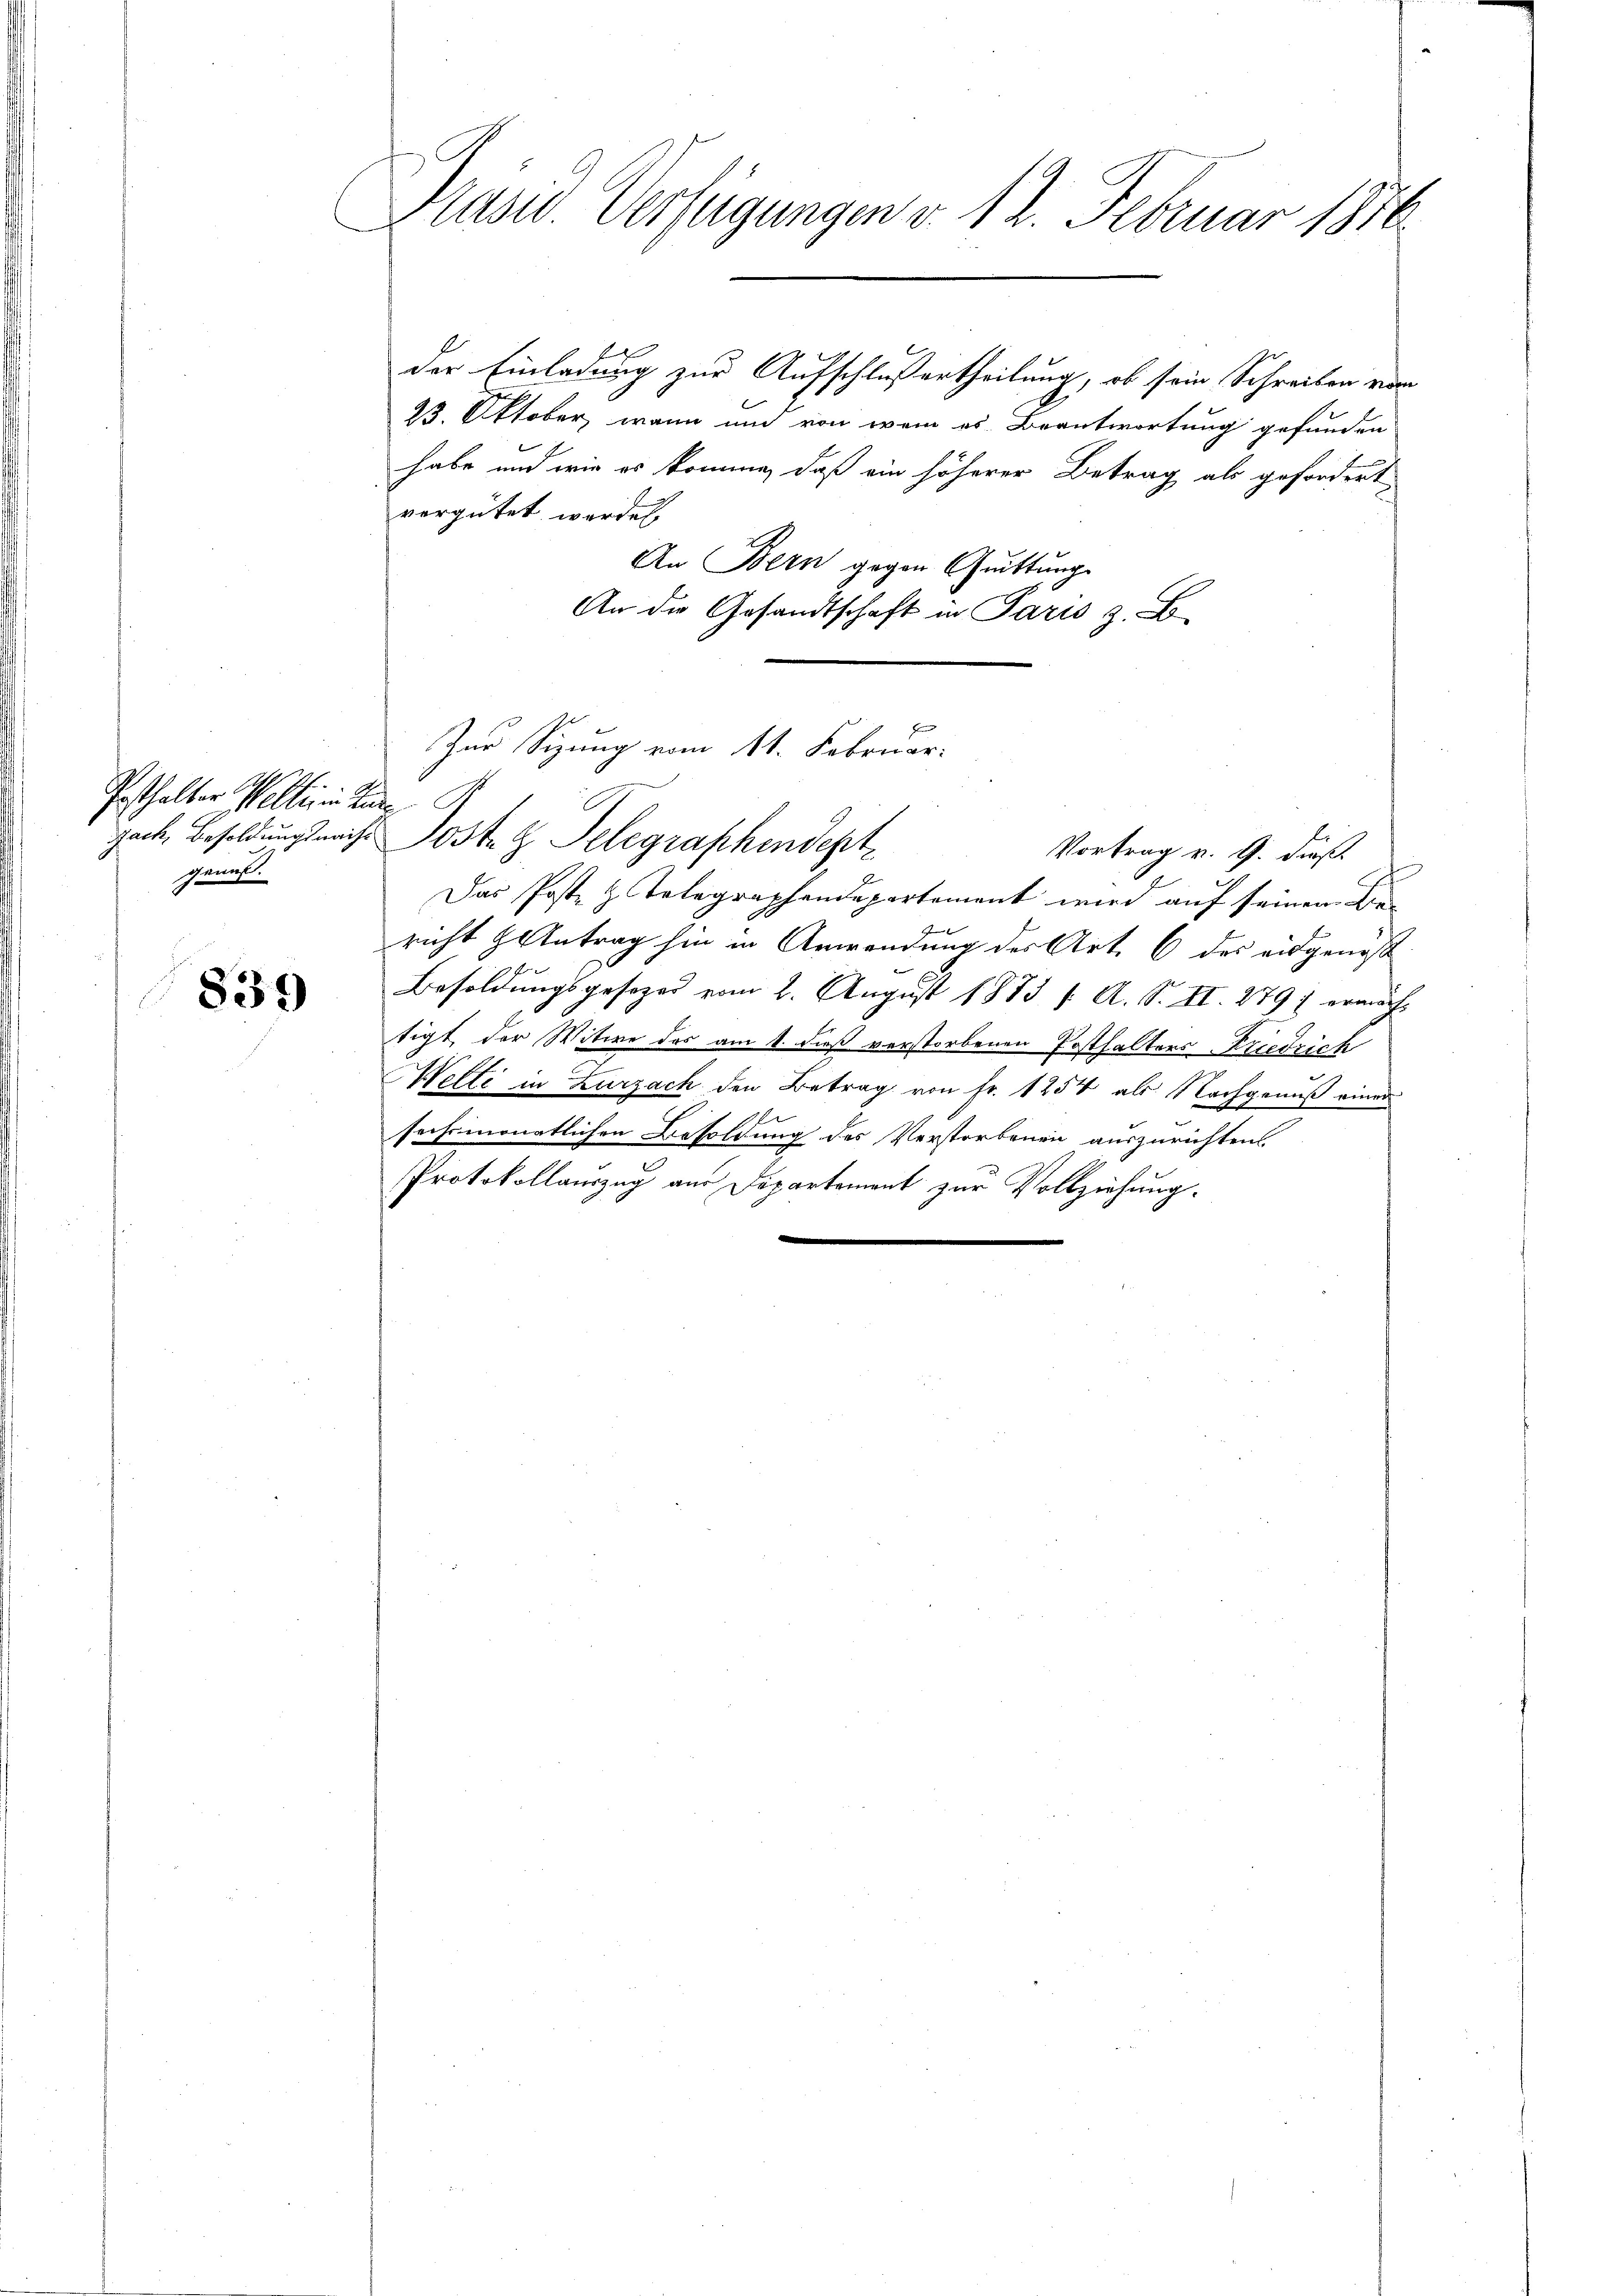
Pesthalter Welti in Beden
genuß.

839

Präsid Verfügungen v. 12. Februar 1876.

der Einladung zur Aufschlußertheilung, ob sein Schreiben vom
23. Oktober, wann und von wem es Beantwortung gefunden
habe und wie es komme, daß ein höherer Betrag als gefordert
vergütet werden.
An Bern gegen Guittung
An die Gesandtschaft in Paris z. B.
gach, Besoldungs mich Poste z. Telegraphendest
Vortrag v. 9. dieß.
Das Post z. Telegraphendepartement wird auf seinen Bericht & Antrag hin in Anwendung des Art. 6 des eidgenöß
Besoldungsgesezes vom 2. August 1873 f. A. S. II. 279 f eracht
tigt, der Witwe des am 1. dieß verstorbenen Posthalters Friedrich
Welti in Zurzach den Betrag von Fr. 1254 als Nachgenuß einer
sechsmonatlichen Besoldung des Verstorbenen auszurichten.
Protokollauszug aus Departement zur Vollziehung.

Zur Sitzung vom 11. Februar.

f